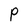
Character: P